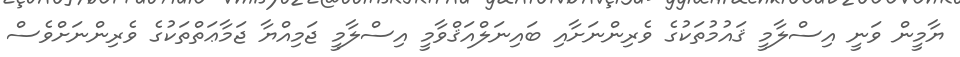
ޔާމީން ވަނީ އިސްލާމީ ޤައުމުތަކުގެ ވެރިންނަށާއި ބައިނަލްއަޤްވާމީ އިސްލާމީ ޖަމިއްޔާ ޖަމާޢަތްތަކުގެ ވެރިންނަށްވެސް